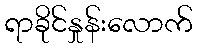
ရာခိုင်နှုန်းလောက်